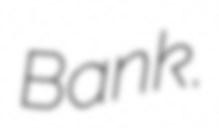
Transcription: Bank.